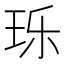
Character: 𬍛